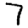
Digit: 7